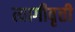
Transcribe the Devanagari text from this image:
त्यागीवृत्ती